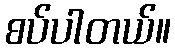
စပ်ပါတယ်။